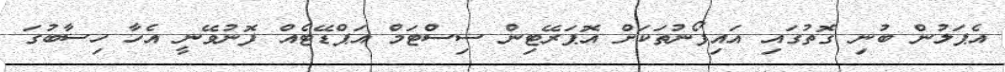
އެޕަލުން ބުނި ގޮތުގައި އައިފޯނުތަކަށް އޮޕަރޭޓިން ސިސްޓަމް އަޕްޑޭޓެއް ފޮނުވޭނީ އެހާ ހިސާބުގަ